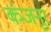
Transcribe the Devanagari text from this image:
कंजनूर